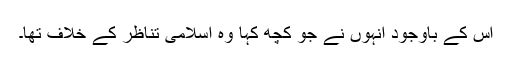
اس کے باوجود انہوں نے جو کچھ کہا وہ اسلامی تناظر کے خلاف تھا۔